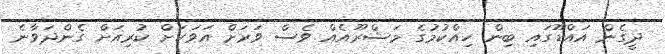
ދީގެން އައްޑޫގައި ބިން ހިއްކުމުގެ މަޝްރޫއެއް ވެސް ވަރަށް އަވަހަށް ކުރިއަށް ގެންދަވާނެ